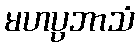
မဟပ္ပဘာသံ